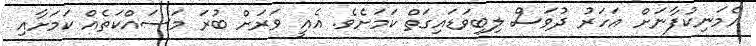
އެމަނިކުފާނަށް އަހަރު ދުވަސް ލިބިވަޑައިގަތް ކަމަށެވެ. އެއީ ވަރަށް ބުރަ މަސައްކަތެއް ކަމަށާއި